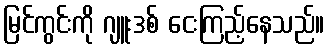
မြင်ကွင်းကို ဂျူးဒစ် ငေးကြည့်နေသည်။